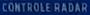
CONTROLE RADAR